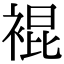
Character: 裩